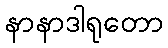
နာနာဒါရုတော